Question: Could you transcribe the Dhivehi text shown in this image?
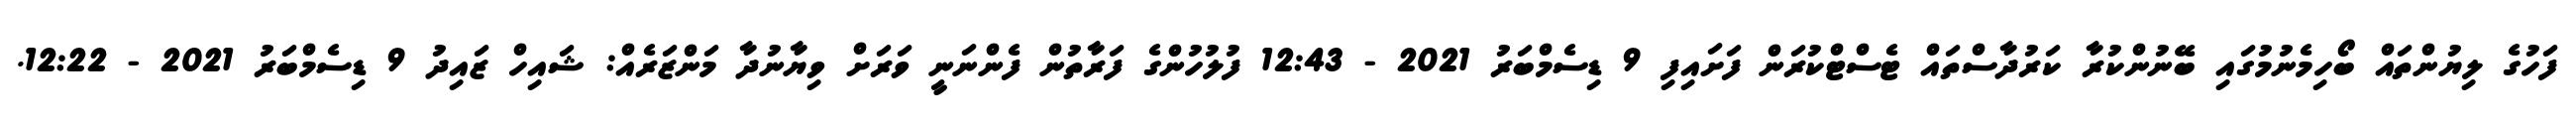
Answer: ފަހުގެ ލިޔުންތައް ބޯހިމެނުމުގައި ބޭނުންކުރާ ކަރުދާސްތައް ޓެސްޓްކުރަން ފަށައިފި 9 ޑިސެމްބަރު 2021 - 12:43 ފުލުހުންގެ ފަރާތުން ފެންނަނީ ވަރަށް ވިޔާނުދާ މަންޒަރެއް: ޝައިހް ޒައިދު 9 ޑިސެމްބަރު 2021 - 12:22.